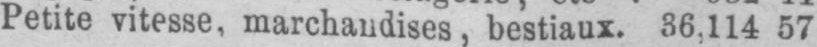
Petite vitesse, marchandises, bestiaux. 36,114 57